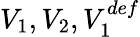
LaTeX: V_{1},V_{2},V_{1}^{def}